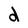
Character: d